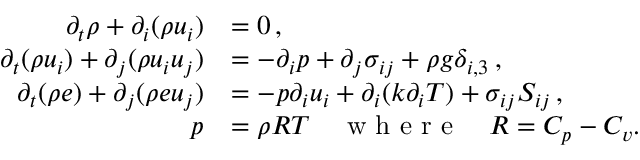
\begin{array} { r l } { \partial _ { t } \rho + \partial _ { i } ( \rho u _ { i } ) } & { = 0 \, , } \\ { \partial _ { t } ( \rho u _ { i } ) + \partial _ { j } ( \rho u _ { i } u _ { j } ) } & { = - \partial _ { i } p + \partial _ { j } \sigma _ { i j } + \rho g \delta _ { i , 3 } \, , } \\ { \partial _ { t } ( \rho e ) + \partial _ { j } ( \rho e u _ { j } ) } & { = - p \partial _ { i } u _ { i } + \partial _ { i } ( k \partial _ { i } T ) + \sigma _ { i j } S _ { i j } \, , } \\ { p } & { = \rho R T \quad \textrm { w h e r e } \quad R = C _ { p } - C _ { v } . } \end{array}